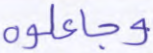
وجاعلوه